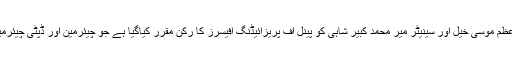
چیئرمین سینیٹ نے کہا کہ مرزا محمد آفریدی، سینیٹر اعظم موسیٰ خیل اور سینیٹر میر محمد کبیر شاہی کو پینل آف پریزائیڈنگ آفیسرز کا رکن مقرر کیاگیا ہے جو چیئرمین اور ڈپٹی چیئرمین کی عدم موجودگی میں اجلاس کی صدارت کریں گے۔